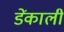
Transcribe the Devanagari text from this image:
डेंकाली